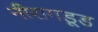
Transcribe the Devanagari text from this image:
नीरागड्डू